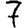
Digit: 7